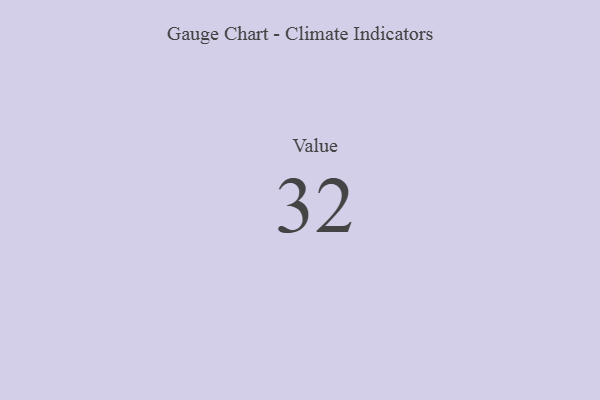
{"axis": {"x": "Metric", "y": "Value"}, "legend": [""], "data": [{"x": "Value", "y": 32, "type": ""}]}